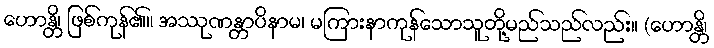
ဟောန္တိ၊ ဖြစ်ကုန်၏။ အဿုဏန္တာပိနာမ၊ မကြားနာကုန်သောသူတို့မည်သည်လည်း။ (ဟောန္တိ၊